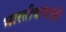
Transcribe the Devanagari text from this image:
भारतीयांचाही